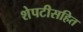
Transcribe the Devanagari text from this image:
शेपटीसहित